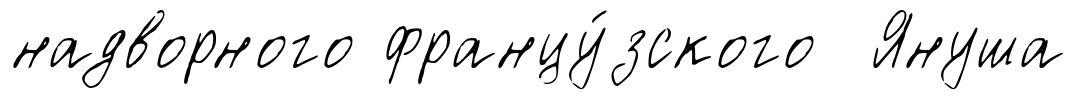
надворного францу́зского Януша